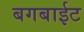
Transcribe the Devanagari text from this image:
बगबाईट